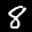
Label: 8